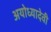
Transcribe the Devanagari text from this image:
अयोध्यादेवी